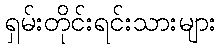
ရှမ်းတိုင်းရင်းသားများ